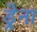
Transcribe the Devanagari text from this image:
ड्रेना